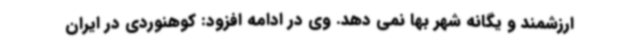
ارزشمند و یگانه شهر بها نمی دهد. وی در ادامه افزود: کوهنوردی در ایران